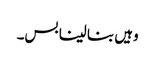
وہیں بنا لینا بس۔